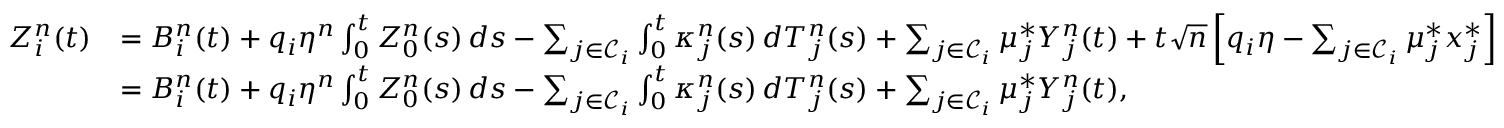
\begin{array} { r l } { Z _ { i } ^ { n } ( t ) } & { = B _ { i } ^ { n } ( t ) + q _ { i } \eta ^ { n } \int _ { 0 } ^ { t } Z _ { 0 } ^ { n } ( s ) \, d s - \sum _ { j \in \mathcal { C } _ { i } } \int _ { 0 } ^ { t } \kappa _ { j } ^ { n } ( s ) \, d T _ { j } ^ { n } ( s ) + \sum _ { j \in \mathcal { C } _ { i } } \mu _ { j } ^ { * } Y _ { j } ^ { n } ( t ) + t \sqrt { n } \left[ q _ { i } \eta - \sum _ { j \in \mathcal { C } _ { i } } \mu _ { j } ^ { * } x _ { j } ^ { * } \right] } \\ & { = B _ { i } ^ { n } ( t ) + q _ { i } \eta ^ { n } \int _ { 0 } ^ { t } Z _ { 0 } ^ { n } ( s ) \, d s - \sum _ { j \in \mathcal { C } _ { i } } \int _ { 0 } ^ { t } \kappa _ { j } ^ { n } ( s ) \, d T _ { j } ^ { n } ( s ) + \sum _ { j \in \mathcal { C } _ { i } } \mu _ { j } ^ { * } Y _ { j } ^ { n } ( t ) , } \end{array}